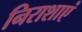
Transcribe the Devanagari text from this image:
निराशाएं